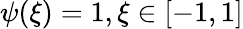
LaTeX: \psi(\xi)=1,\xi\in[-1,1]